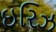
ઇરિઝ